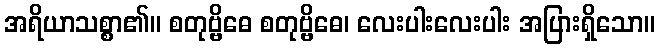
အရိယာသစ္စာ၏။ စတုဗ္ဗိဓေ စတုဗ္ဗိဓေ၊ လေးပါးလေးပါး အပြားရှိသော။